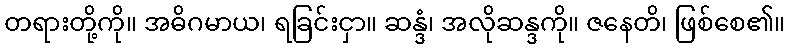
တရားတို့ကို။ အဓိဂမာယ၊ ရခြင်းငှာ။ ဆန္ဒံ၊ အလိုဆန္ဒကို။ ဇနေတိ၊ ဖြစ်စေ၏။